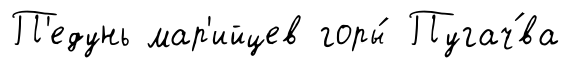
П'едунь мар'ийцев горы́ Пугач́ва